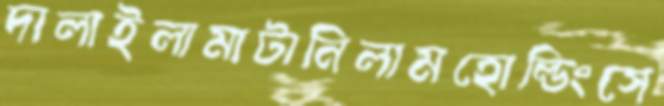
দালাইলামাটানিলামহোল্ডিংসে